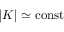
\boldsymbol { \lvert K \rvert } \simeq \mathrm { c o n s t }